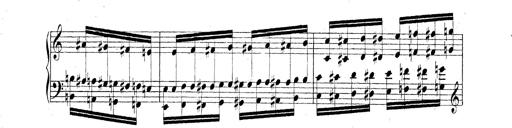
Title: Technische Studien
Composer: Franz Liszt